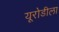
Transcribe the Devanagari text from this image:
यूरोडीला